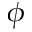
\phi